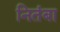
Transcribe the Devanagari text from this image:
नितंबा